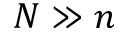
N \gg n